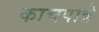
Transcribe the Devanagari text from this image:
काचपात्रे